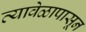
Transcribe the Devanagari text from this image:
त्यावेळापासून